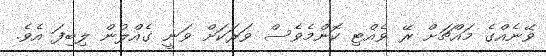
ވޭނެއްގެ މައްޗަށް ރޭ ވެއްޓި ކޮންމެވެސް ވަރަކަށް ވަނީ ގެއްލުން ލިބިފަ އެވެ.